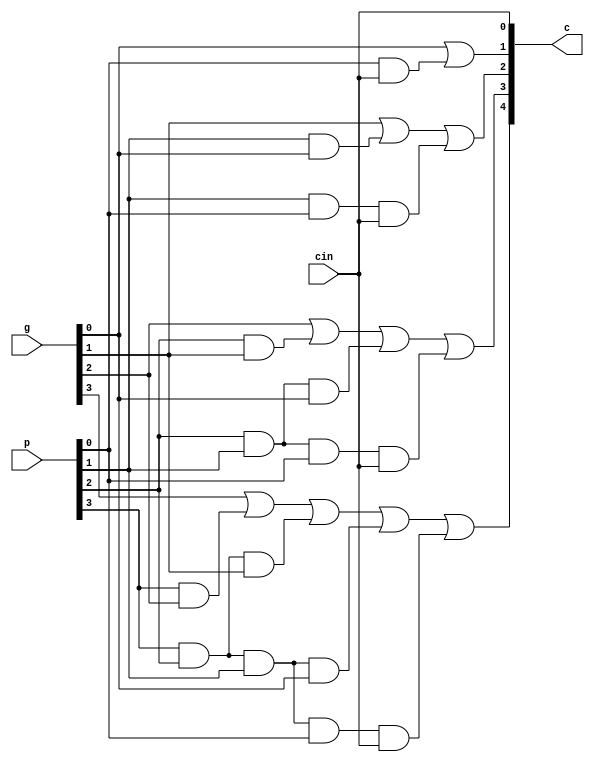
`timescale 1ns / 1ps


module cla_block (
    input [3:0] p,g,
    input cin,
    output [4:0] c
    );

assign c[0] = cin;
assign c[1] = g[0] | (p[0] & cin);
assign c[2] = g[1] | (p[1]&g[0]) |  (p[1]&p[0]&cin);
assign c[3] = g[2] | (p[2]&g[1]) | (p[2]&p[1]&g[0]) | (p[2]&p[1]&p[0]&cin);
assign c[4] = g[3] | (p[3]&g[2]) | (p[3]&p[2]&g[1]) | (p[3]&p[2]&p[1]&g[0]) | (p[3]&p[2]&p[1]&p[0]&cin);
endmodule